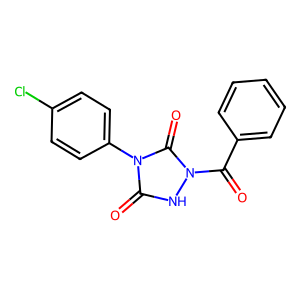
SMILES: O=C(c1ccccc1)n1[nH]c(=O)n(-c2ccc(Cl)cc2)c1=O
Inhibits HIV replication: No